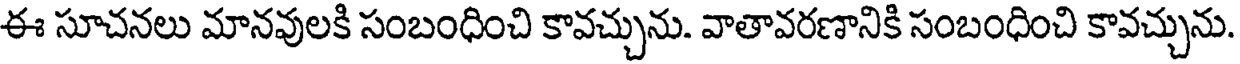
ఈ సూచనలు మానవులకి సంబంధించి కావచ్చును. వాతావరణానికి సంబంధించి కావచ్చును.